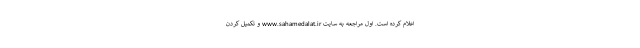
اعلام کرده است. اول مراجعه به سایت www.sahamedalat.ir و تکمیل کردن